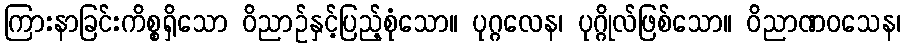
ကြားနာခြင်းကိစ္စရှိသော ဝိညာဉ်နှင့်ပြည့်စုံသော။ ပုဂ္ဂလေန၊ ပုဂ္ဂိုလ်ဖြစ်သော။ ဝိညာဏဝသေန၊